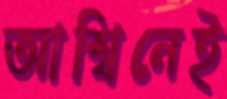
আশ্বিনেই